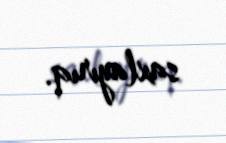
saxlayırıq.